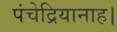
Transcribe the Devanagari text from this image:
पंचेद्रियानाह।